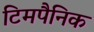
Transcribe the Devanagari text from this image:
टिमपैनिक